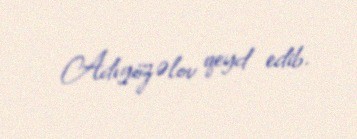
Adıgözəlov qeyd edib.